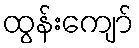
ထွန်းကျော်